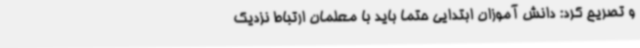
و تصریح کرد: دانش آموزان ابتدایی حتما باید با معلمان ارتباط نزدیک